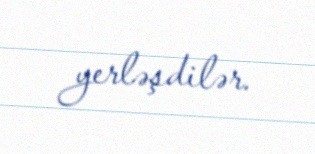
yerləşdilər.